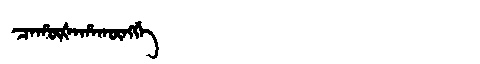
Manchu: ᠴᠠᡥᡡᡧᠠᡥᠠᡴᡡᠩᡤᡝ
Romanization: CAHŪŠAHAKŪNGGE